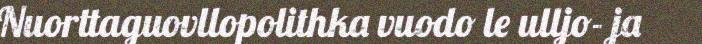
Nuorttaguovllopolithka vuodo le ulljo- ja